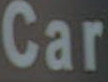
Car